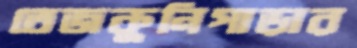
তেজকুনিপাড়ার